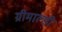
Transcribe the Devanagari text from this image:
ग्रीमाल्डी